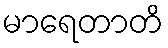
မာရေတာတိ